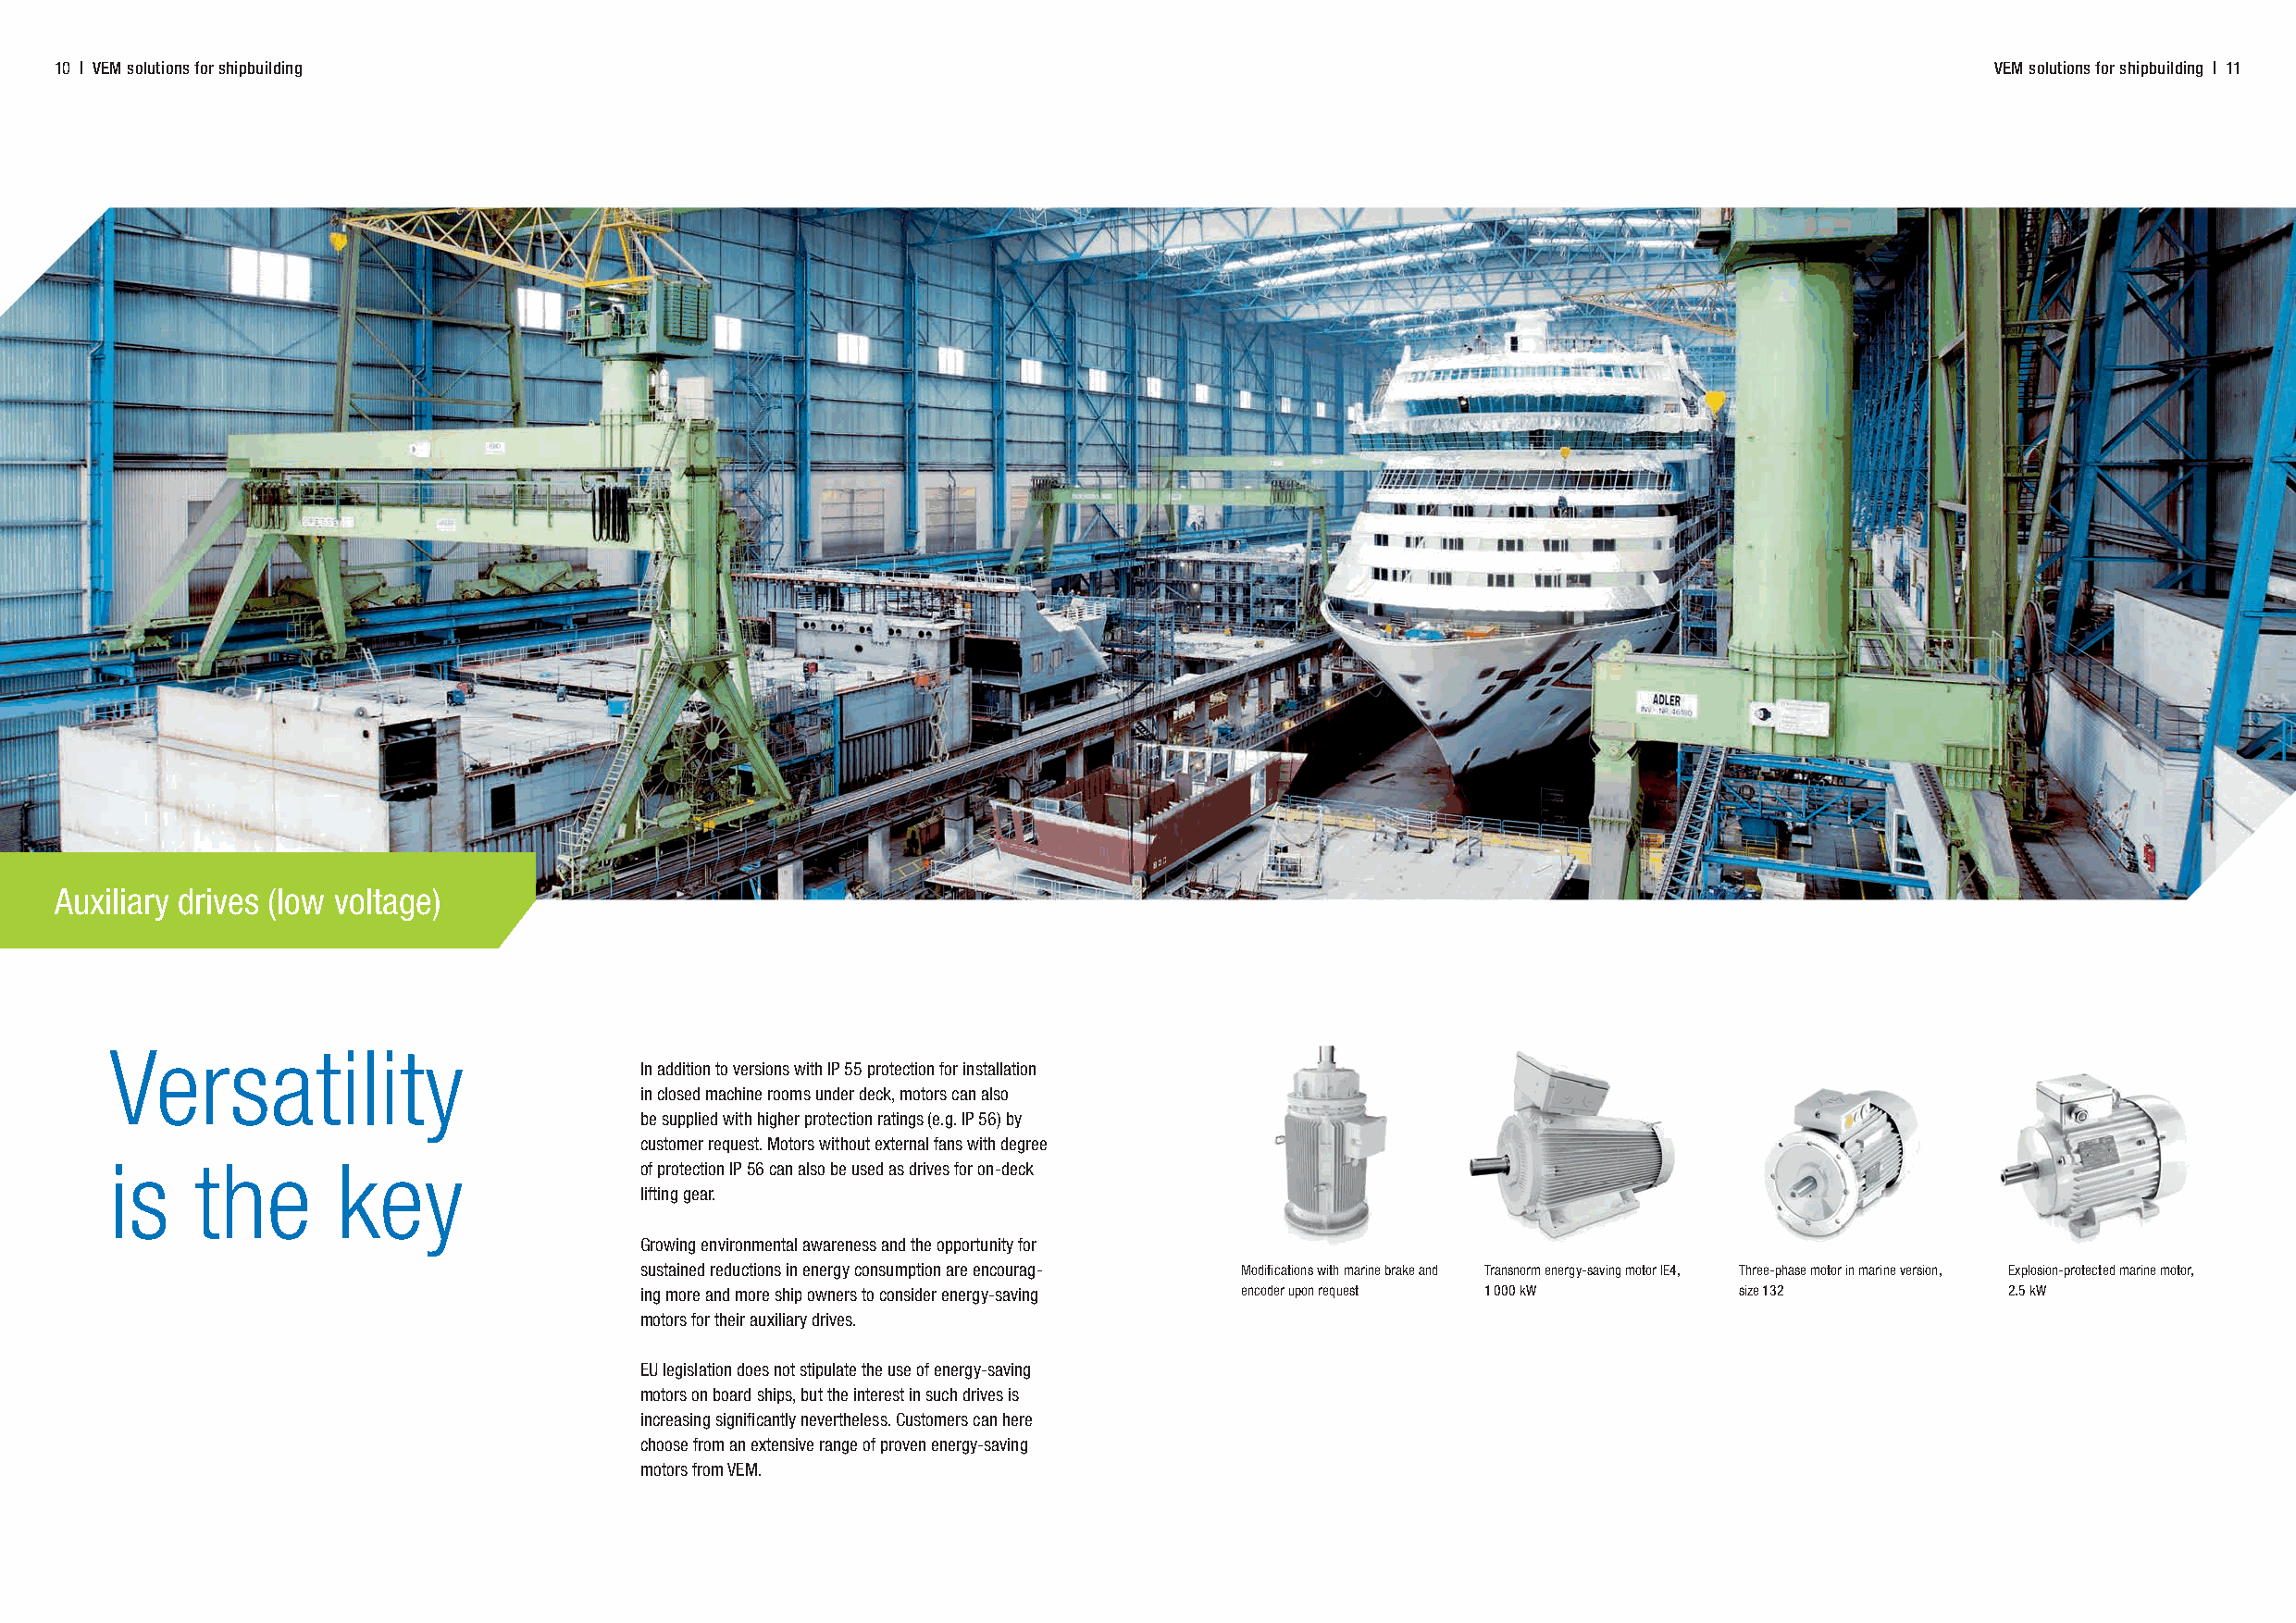
10 | VEM solutions for shipbuilding                                                                                                        VEM solutions for shipbuilding | 11
 Auxiliary drives (low voltage)
 Versatility
 In addition to versions with IP 55 protection for installation
 in closed machine rooms under deck, motors can also
 be supplied with higher protection ratings (e.g. IP 56) by
 customer request. Motors without external fans with degree
 is    the       key                   of protection IP 56 can also be used as drives for on-deck
 lifting gear.
 Growing environmental awareness and the opportunity for
 sustained reductions in energy consumption are encourag- Modifi cations with marine brake and Transnorm energy-saving motor IE4, Three-phase motor in marine version, Explosion-protected marine motor,
 ing more and more ship owners to consider energy-saving encoder upon request 1 000 kW size 132    2.5 kW
 motors for their auxiliary drives.
 EU legislation does not stipulate the use of energy-saving
 motors on board ships, but the interest in such drives is
 increasing signifi cantly nevertheless. Customers can here
 choose from an extensive range of proven energy-saving
 motors from VEM.